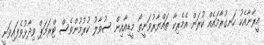
އީރާނާއެކު ހަނގުރާމައެއް ކުރަން އެމެރިކާ ތައްޔާރުވަނީތޯ މީޑިއާއިން ސުވާލު ކުރުމުންވެސް ޓްރަމަޕް ވިދާޅުވެފައިވަނީ